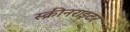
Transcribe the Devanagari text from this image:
स्क्रीनराइटर